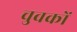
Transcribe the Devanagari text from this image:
चुवकों